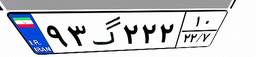
۶۹گ۵۷۳۸۹